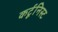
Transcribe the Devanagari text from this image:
कर्टूनिस्ट